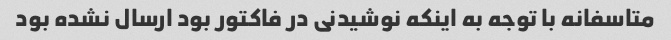
متاسفانه با توجه به اینکه نوشیدنی در فاکتور بود ارسال نشده بود